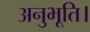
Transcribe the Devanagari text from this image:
अनुभूति।